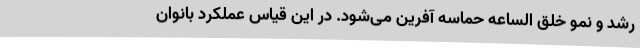
رشد و نمو خلق الساعه حماسه آفرین می‌شود. در این قیاس عملکرد بانوان